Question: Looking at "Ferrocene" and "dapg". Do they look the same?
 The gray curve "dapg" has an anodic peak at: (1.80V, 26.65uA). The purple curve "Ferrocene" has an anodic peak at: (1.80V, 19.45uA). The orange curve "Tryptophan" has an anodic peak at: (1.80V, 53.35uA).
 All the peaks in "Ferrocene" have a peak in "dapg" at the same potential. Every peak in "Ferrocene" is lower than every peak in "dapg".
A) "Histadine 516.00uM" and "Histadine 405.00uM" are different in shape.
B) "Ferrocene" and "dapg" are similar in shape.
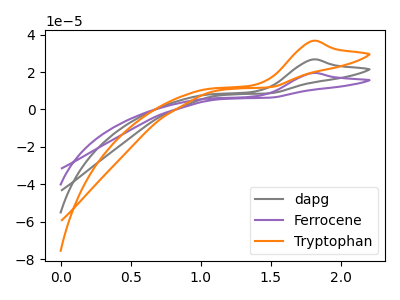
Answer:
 <answer>B) "Ferrocene" and "dapg" are similar in shape.</answer>
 <eval>B</eval>